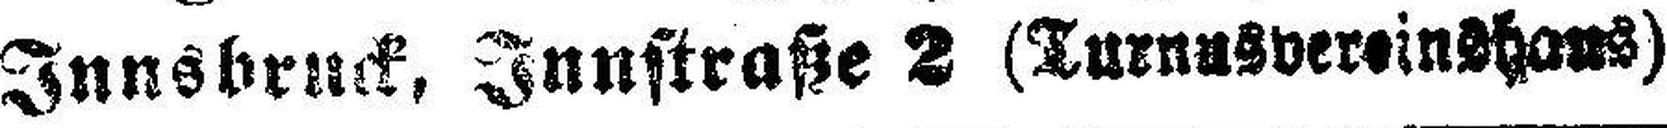
Innsbruck, Innstraße 2 (Turnusvereinshaus)